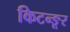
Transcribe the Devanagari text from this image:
किटन्ङूर